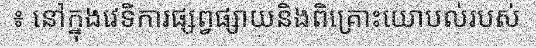
៖ នៅក្នុងវេទិការផ្សព្វផ្សាយនិងពិគ្រោះយោបល់របស់